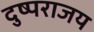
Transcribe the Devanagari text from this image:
दुष्पराजय